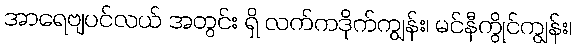
အာရေဗျပင်လယ် အတွင်း ရှိ လက်ကဒိုက်ကျွန်း၊ မင်နီကွိုင်ကျွန်း၊